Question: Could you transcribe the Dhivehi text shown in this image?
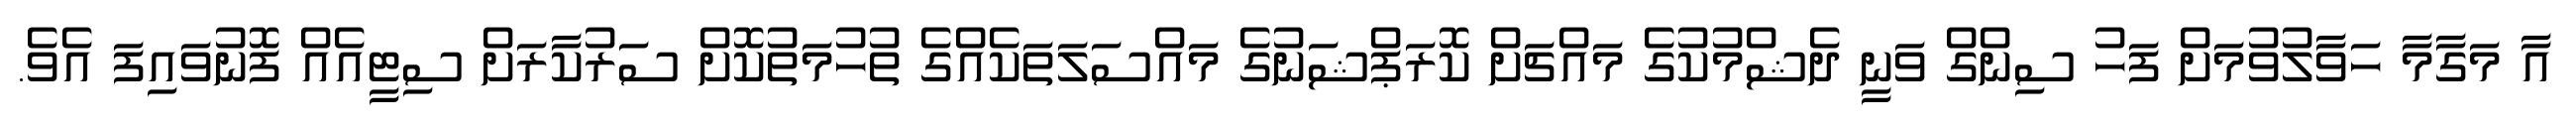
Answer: އާ މަގާމާ ހަވާލުވުމަށް ފަހު ސިންގް ވަނީ ދެޝްމުކުގެ މައްޗަށް ކޮރަޕްޝަނުގެ މައްސަލަތަކެއްގެ ތުހުމަތުކޮށް ސަރުކާރަށް ސިޓީއެއް ފޮނުވައިފަ އެވެ.